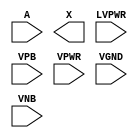
module sky130_fd_sc_hvl__lsbufhv2lv (
    //# {{data|Data Signals}}
    input  A    ,
    output X    ,

    //# {{power|Power}}
    input  LVPWR,
    input  VPB  ,
    input  VPWR ,
    input  VGND ,
    input  VNB
);
endmodule